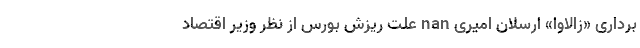
برداری «زالاوا» ارسلان امیری nan علت ریزش بورس از نظر وزیر اقتصاد